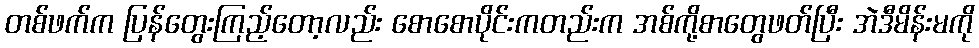
တစ်ဖက်က ပြန်တွေးကြည့်တော့လည်း စောစောပိုင်းကတည်းက အစ်ကို့စာတွေဖတ်ပြီး အဲဒီမိန်းမကို